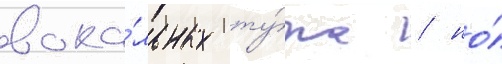
вока́льных ту́ра / но́